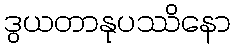
ဒွယတာနုပဿိနော